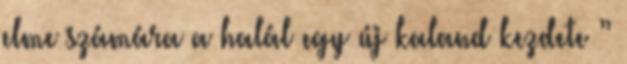
elme számára a halál egy új kaland kezdete ”